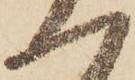
一